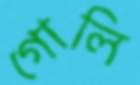
গোলি